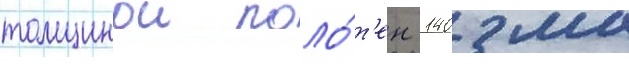
толщинои поло́т'ен 140 мм